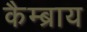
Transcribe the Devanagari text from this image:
कैम्ब्राय